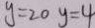
y = 2 0 y = 4